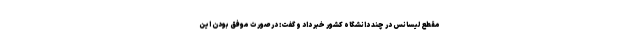
مقطع لیسانس در چند دانشگاه کشور خبر داد و گفت: در صورت موفق بودن این